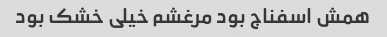
همش اسفناج بود مرغشم خیلی خشک بود